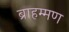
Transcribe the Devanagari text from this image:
ब्राहम्मण